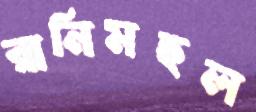
রানিমহল